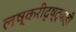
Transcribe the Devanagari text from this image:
लष्करीदृष्ट्याही